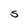
Character: S